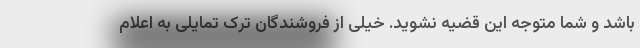
باشد و شما متوجه این قضیه نشوید. خیلی از فروشندگان ترک تمایلی به اعلام